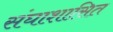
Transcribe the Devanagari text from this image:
संघाशासित